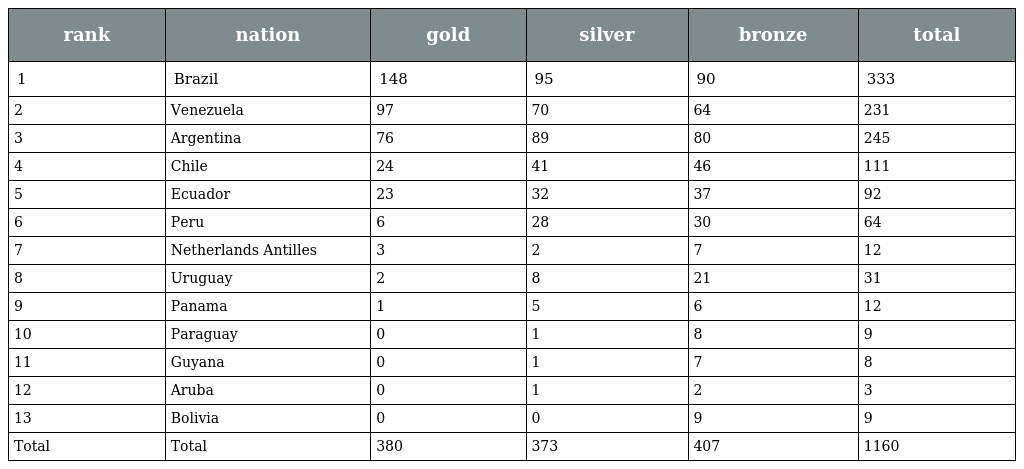
| rank | nation | gold | silver | bronze | total |
 | --- | --- | --- | --- | --- | --- |
 | 1 | Brazil | 148 | 95 | 90 | 333 |
 | 2 | Venezuela | 97 | 70 | 64 | 231 |
 | 3 | Argentina | 76 | 89 | 80 | 245 |
 | 4 | Chile | 24 | 41 | 46 | 111 |
 | 5 | Ecuador | 23 | 32 | 37 | 92 |
 | 6 | Peru | 6 | 28 | 30 | 64 |
 | 7 | Netherlands Antilles | 3 | 2 | 7 | 12 |
 | 8 | Uruguay | 2 | 8 | 21 | 31 |
 | 9 | Panama | 1 | 5 | 6 | 12 |
 | 10 | Paraguay | 0 | 1 | 8 | 9 |
 | 11 | Guyana | 0 | 1 | 7 | 8 |
 | 12 | Aruba | 0 | 1 | 2 | 3 |
 | 13 | Bolivia | 0 | 0 | 9 | 9 |
 | Total | Total | 380 | 373 | 407 | 1160 |